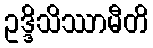
ဥဒ္ဒိသိဿာမီတိ